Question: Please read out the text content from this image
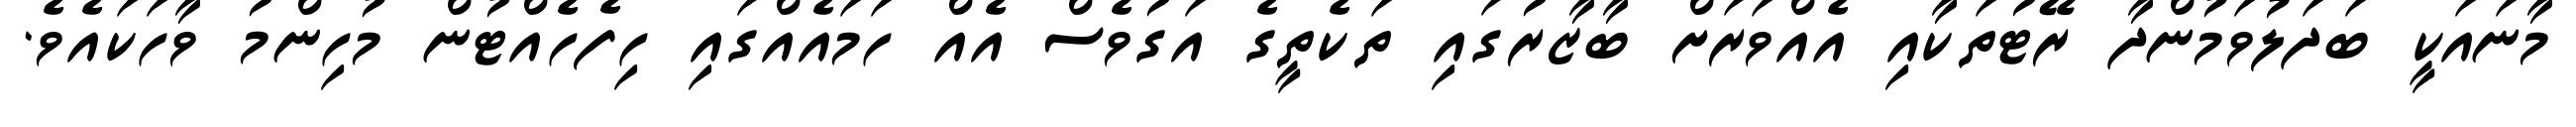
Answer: މާނައަކީ ބަދަލުވަމުންދާ ރޭޓުތަކާއި އެއްވަރަށް ބާޒާރުގައި ތަކެތީގެ އަގުވެސް އެއް ހަމައެއްގައި ހިފެހެއްޓުން މުހިންމު ވާހަކައެވެ.